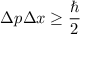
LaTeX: \Delta p \Delta x \geq { \frac { \hbar } { 2 } }